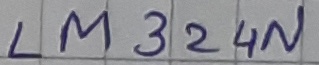
Text: LM324N